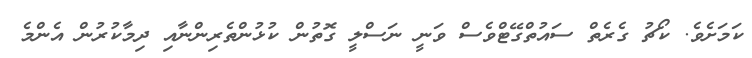
ކަމަށެވެ. ކޯޗު ގެރެތް ސައުތްގޭޓްވެސް ވަނީ ނަސްލީ ގޮތުން ކުޅުންތެރިންނާއި ދިމާކުރުން އެންމެ